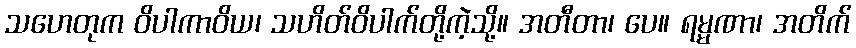
သဟေတုက ဝိပါကာဝိယ၊ သဟိတ်ဝိပါက်တို့ကဲ့သို့။ အတီတာ၊ ပေ။ ရမ္မဏာ၊ အတိက်